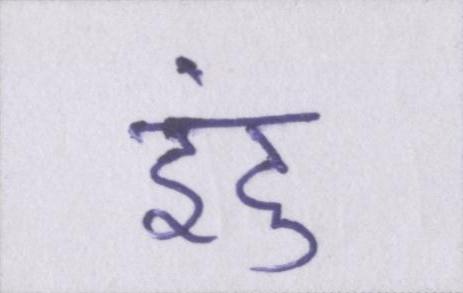
इंदु